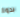
بدوا